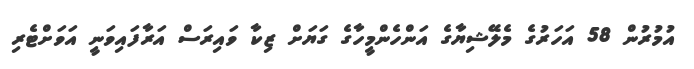
އުމުރުން 58 އަހަރުގެ މެލޭޝިޔާގެ އަންހެންމީހާގެ ގަޔަށް ޒިކާ ވައިރަސް އަރާފައިވަނީ އަވަށްޓެރި